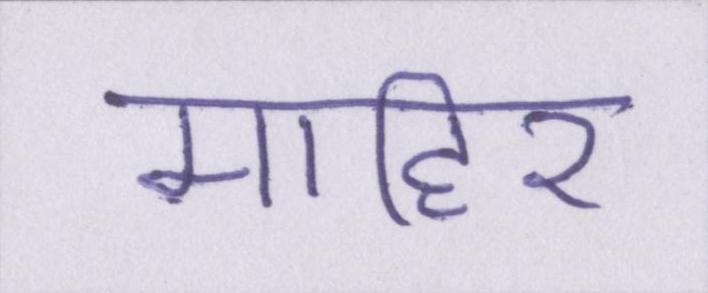
माहिर